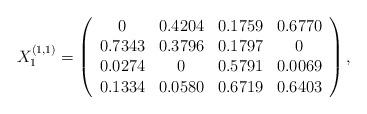
LaTeX: \begin{align*}X_1^{(1,1)} = \left( \begin{array}{cccc} 0 & 0.4204 & 0.1759 & 0.6770 \\ 0.7343 & 0.3796 & 0.1797 & 0 \\ 0.0274 & 0 & 0.5791 & 0.0069 \\ 0.1334 & 0.0580 & 0.6719 & 0.6403 \end{array} \right),\end{align*}